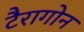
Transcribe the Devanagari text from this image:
टैरागोन